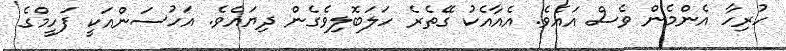
ހުރިހާ އެންމެން ވެސް އައެވެ. އެއާއެކު ގޭތެރެ ހަލަބޮލިވެގެން ދިޔައެވެ. އަހުސަންއަކީ ފަހީމްގެ